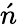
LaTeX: \acute{n}